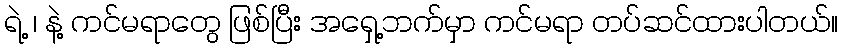
ရဲ့ ၊ နဲ့ ကင်မရာတွေ ဖြစ်ပြီး အရှေ့ဘက်မှာ ကင်မရာ တပ်ဆင်ထားပါတယ်။